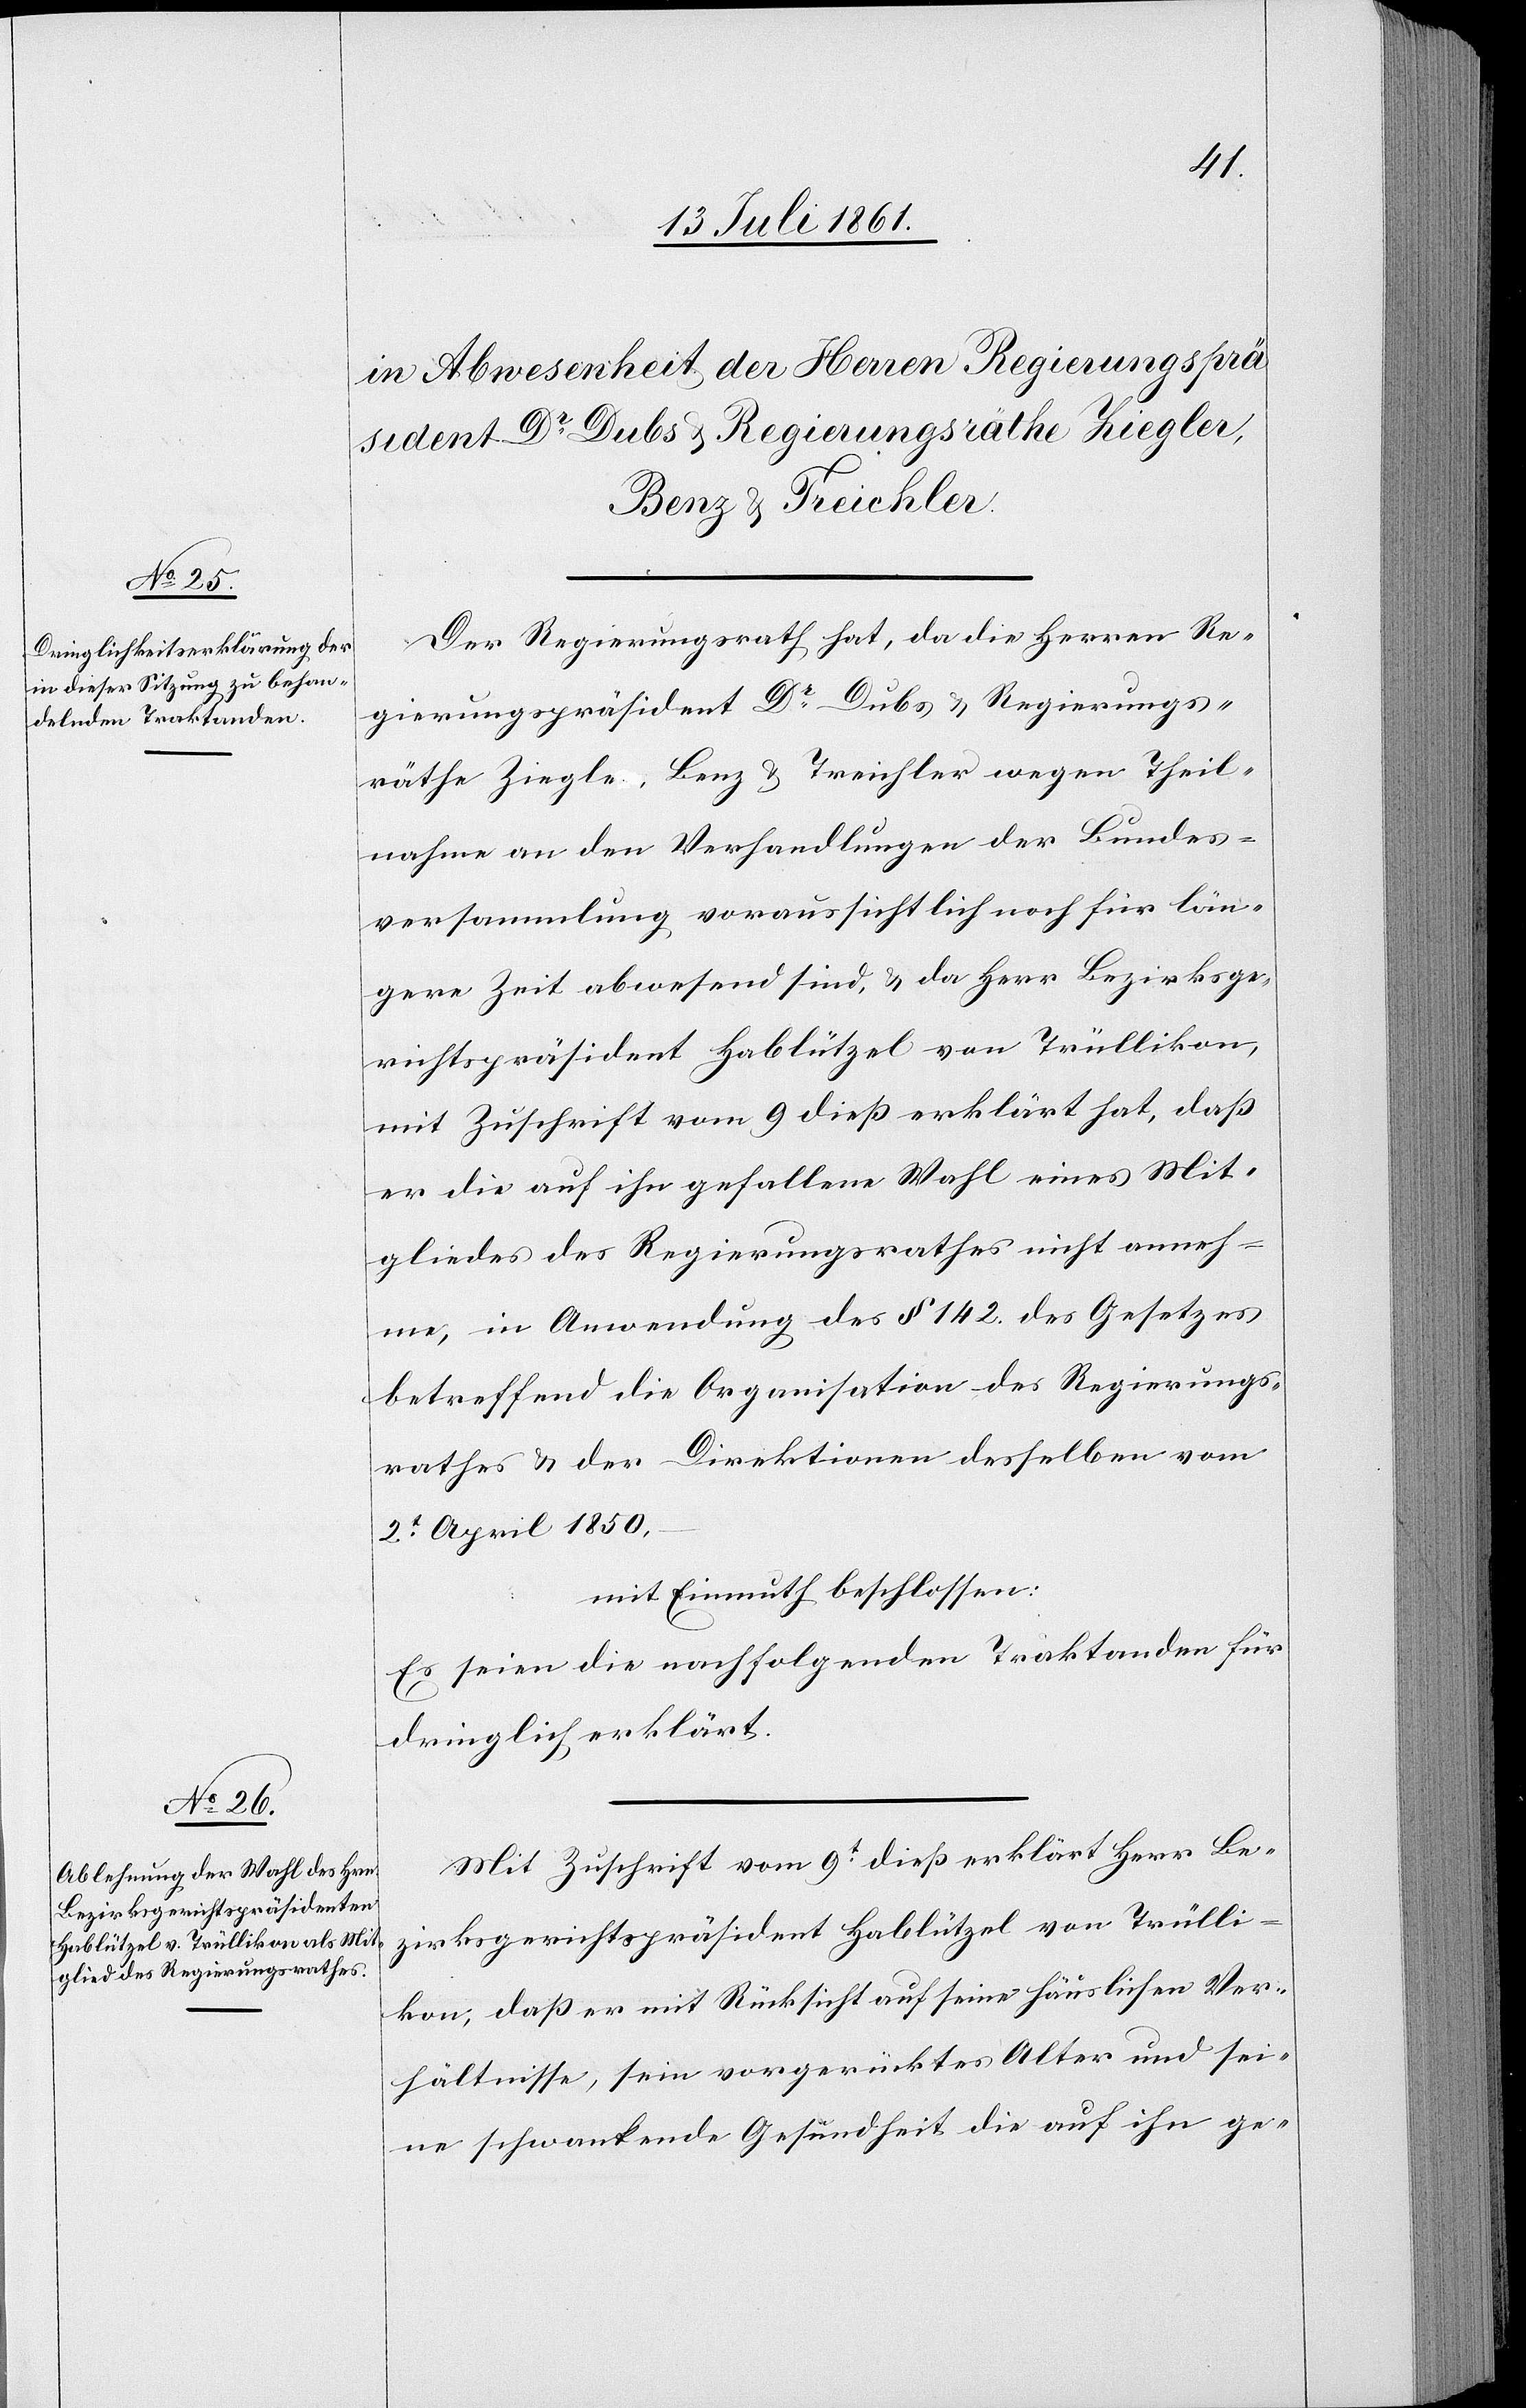
Der Regierungsrath hat, da die Herren Re¬
gierungspräsident Dr. Dubs u. Regierungs¬
räthe Ziegler, Benz u. Treichler wegen Theil¬
nahme an den Verhandlungen der Bundes¬
versammlung voraussichtlich noch für län¬
gere Zeit abwesend sind, u. da Herr Bezirksge¬
richtspräsident Hablützel von Trüllikon,
mit Zuschrift vom 9 dieß erklärt hat, daß
er die auf ihn gefallene Wahl eines Mit¬
gliedes des Regierungsrathes nicht anneh¬
me, in Anwendung des § 142 des Gesetzes
betreffend die Organisation des Regierungs¬
rathes u. der Direktionen desselben vom
2t April 1850,
mit Einmuth beschlossen:
Es seien die nachfolgenden Traktanden für
dringlich erklärt.
Mit Zuschrift vom 9t dieß erklärt Herr Be¬
zirksgerichtspräsident Hablützel von Trülli¬
kon, daß er mit Rücksicht auf seine häuslichen Ver¬
hältnisse, sein vorgerücktes Alter und sei¬
ne schwankende Gesundheit die auf ihn ge-